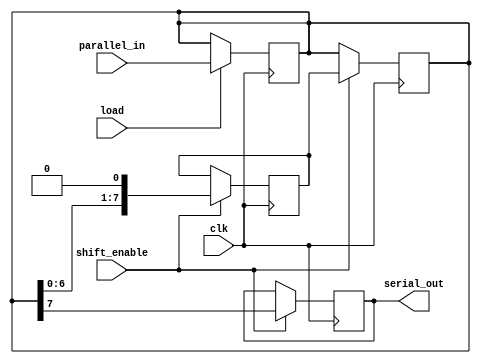
module TwoStagePISO (
    input wire [N-1:0] parallel_in,  // Parallel input data
    input wire load,                 // Load signal
    input wire shift_enable,         // Shift enable signal
    input wire clk,                  // Clock signal
    output reg serial_out            // Serial output
);
    parameter N = 8; // Width of the parallel data input

    reg [N-1:0] stage1; // First stage to hold parallel data
    reg [N-1:0] stage2; // Second stage for shifting output

    always @(posedge clk) begin
        if (load) begin
            // Load data into the first stage on load signal
            stage1 <= parallel_in;
        end
    end

    always @(posedge clk) begin
        if (shift_enable) begin
            // Shift data from stage1 to stage2
            stage2 <= {stage1[N-2:0], 1'b0}; // Shift left and add 0
            serial_out <= stage1[N-1];      // Output MSB
        end
    end

    always @(posedge clk) begin
        if (shift_enable) begin
            // After shifting, update stage1 to prepare for next shift
            stage1 <= stage2; // Update stage1 with the new shifted value
        end
    end

endmodule